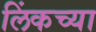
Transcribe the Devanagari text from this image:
लिंकच्या